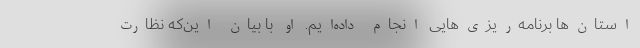
استان‌ها برنامه‌ریزی‌هایی انجام داده‌ایم. او با بیان این‌که نظارت